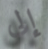
إلى